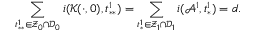
\sum _ { t _ { * * } ^ { 1 } \in \mathcal { Z } _ { 0 } \cap \mathcal { D } _ { 0 } } i ( \mathcal { K } ( \cdot , 0 ) , t _ { * * } ^ { 1 } ) = \sum _ { t _ { * } ^ { 1 } \in \mathcal { Z } _ { 1 } \cap \mathcal { D } _ { 1 } } i ( \mathcal { A } ^ { 1 } , t _ { * } ^ { 1 } ) = d .